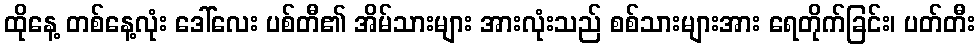
ထိုနေ့ တစ်နေ့လုံး ဒေါ်လေး ပစ်တီ၏ အိမ်သားများ အားလုံးသည် စစ်သားများအား ရေတိုက်ခြင်း၊ ပတ်တီး